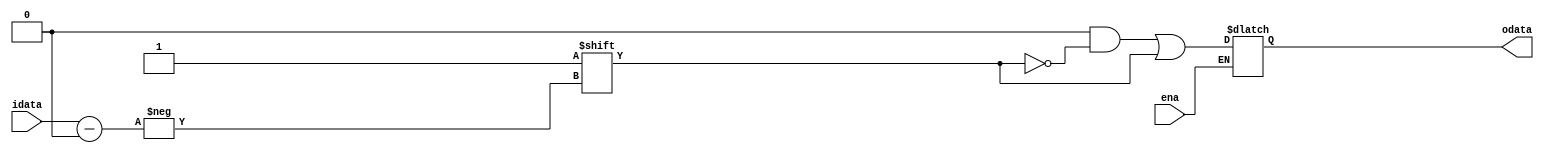
`timescale 1ns / 1ps
//5decoder
module decoder(idata,ena,odata);
    input [4:0] idata	;//532
    input ena			;//we
    output  [31:0] odata;//
	reg [31:0] tdata=32'h00000000;

    always@(*) 
    begin
        if(ena)
        begin
            tdata<=0;
            tdata[idata]<=1'b1;
        end
    end
assign odata=tdata;
endmodule